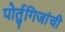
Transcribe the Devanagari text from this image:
पोर्तुगिजांची